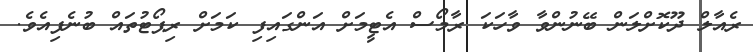
ރެއާލް ދޫކޮށްލަން ބޭނުންވާ ވާހަކަ ރާމޯސް އެޓީމަށް އަންގައިފި ކަމަށް ރިޕޯޓުތައް ބުނެފިއެވެ.